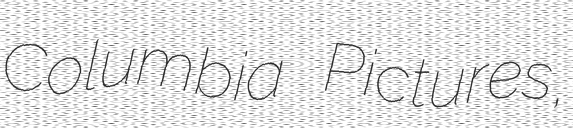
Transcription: Columbia Pictures,